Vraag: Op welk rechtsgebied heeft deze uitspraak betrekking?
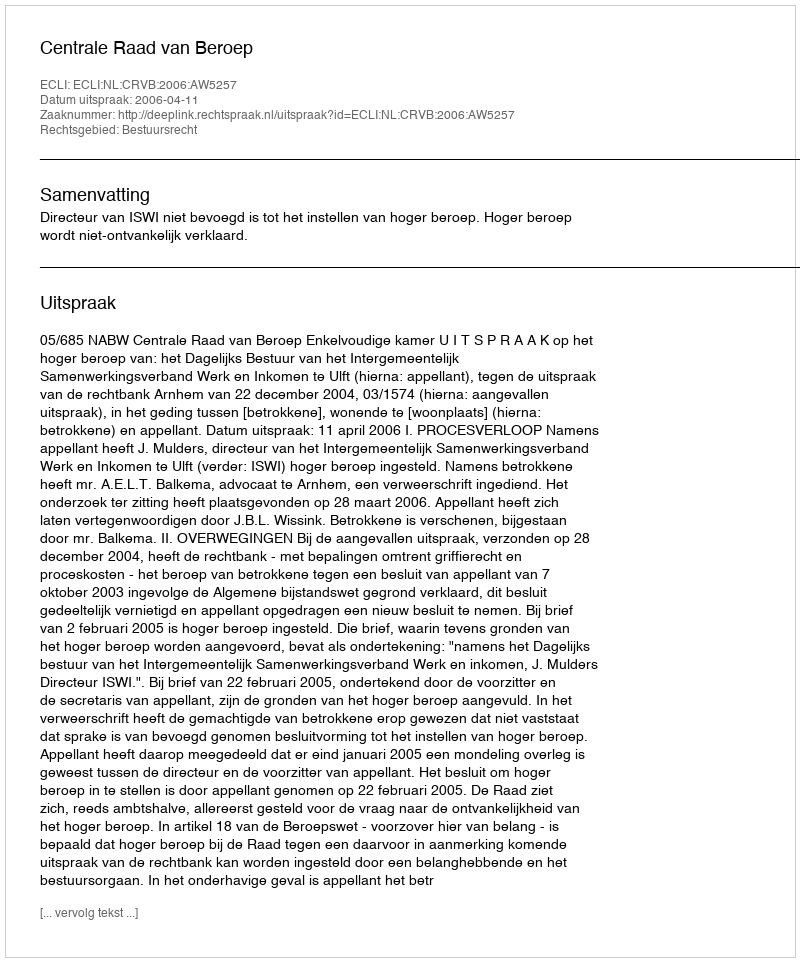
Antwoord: Bestuursrecht